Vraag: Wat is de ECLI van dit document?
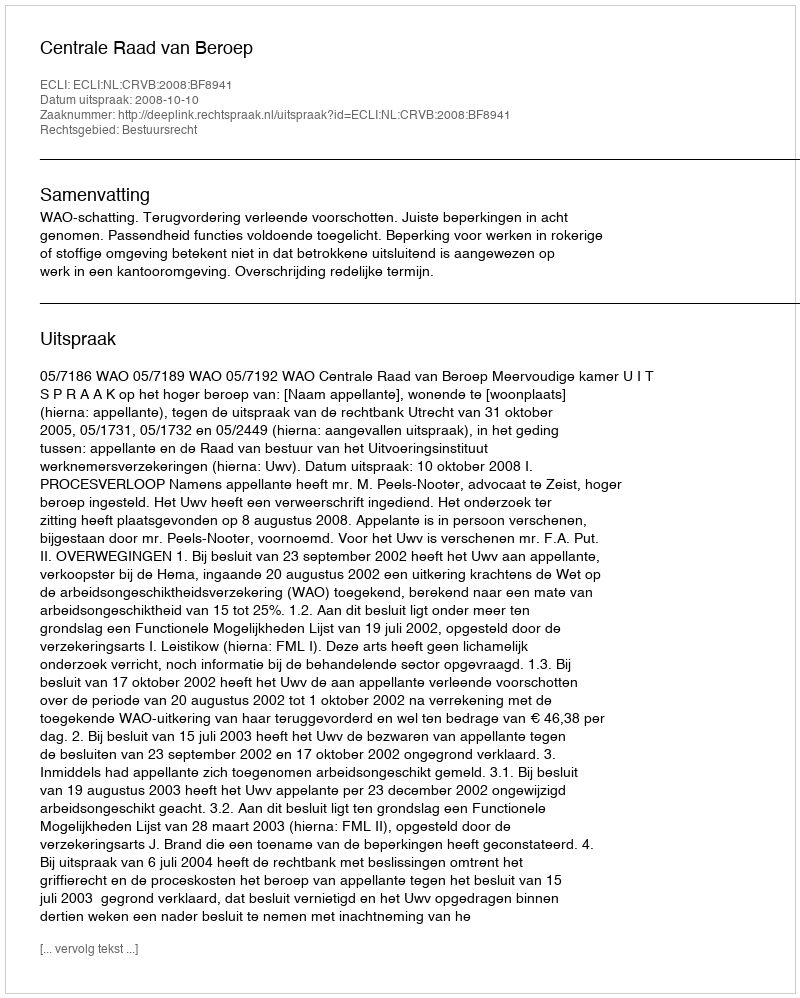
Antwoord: ECLI:NL:CRVB:2008:BF8941